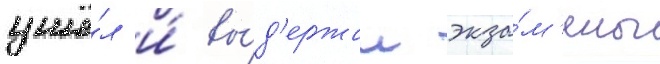
ушё́л и́ вы́д'ержал экза́м'ены